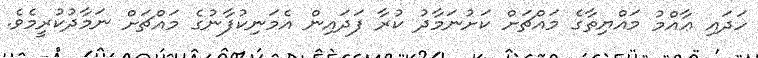
ހަދައި ޢާއްމު މައްޔިތާގެ މައްޗަށް ކަށުނަމާދު ކުރާ ފަދައިން އެމަނިކުފާނުގެ މައްޗަށް ނަމާދުކުރީމެވެ.